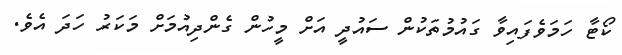
ކޯޓާ ހަމަވެފައިވާ ގައުމުތަކުން ސައުދީ އަށް މީހުން ގެންދިއުމަށް މަކަރު ހަދަ އެވެ.